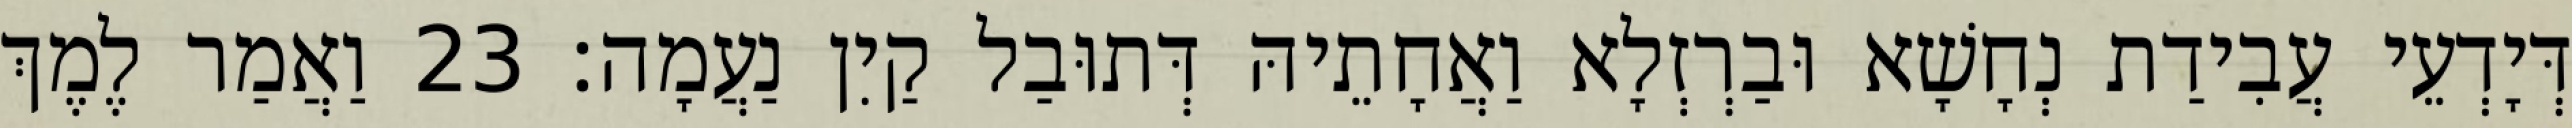
דְּיָדְעֵי עֲבִידַת נְחָשָׁא וּבַרְזְלָא וַאֲחָתֵיהּ דְּתוּבַל קַיִן נַעֲמָה׃ 23 וַאֲמַר לֶמֶךְ